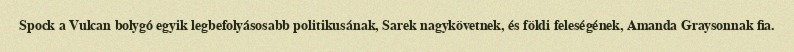
Spock a Vulcan bolygó egyik legbefolyásosabb politikusának, Sarek nagykövetnek, és földi feleségének, Amanda Graysonnak fia.